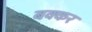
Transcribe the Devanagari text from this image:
बक्कर